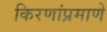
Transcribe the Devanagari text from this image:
किरणांप्रमाणे